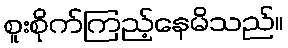
စူးစိုက်ကြည့်နေမိသည်။